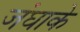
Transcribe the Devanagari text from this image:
जंघाके